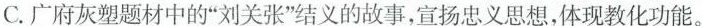
C.广府灰塑题材中的”刘关张”结义的故事，宜扬忠义思想，体现教化功能。